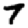
Digit: 7